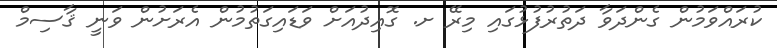
ކުރައްވަމުން ގެންދަވާ ދަތުރުފުޅުގައި މިރޭ ށ. ގޮއިދުއަށް ވަޑައިގަތުމުން އެރަށުން ވަނީ ޤާސިމް